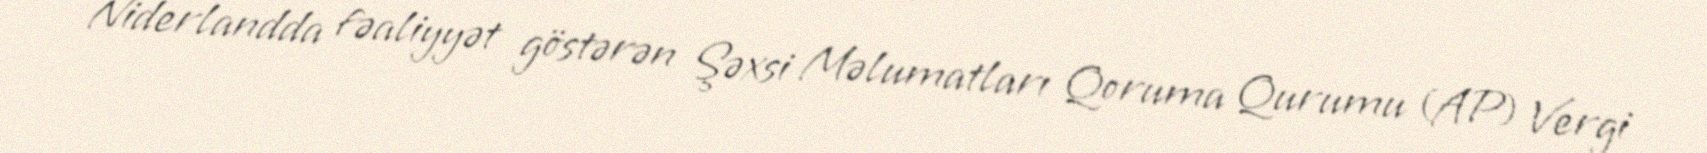
Niderlandda fəaliyyət göstərən Şəxsi Məlumatları Qoruma Qurumu (AP) Vergi